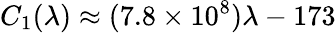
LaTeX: C_{1}(\lambda)\approx(7.8\times 10^{8})\lambda-173